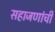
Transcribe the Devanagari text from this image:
सहाजणांची